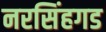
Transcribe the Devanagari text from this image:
नरसिंहगड